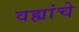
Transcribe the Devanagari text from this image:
वह्यांचे